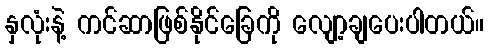
နှလုံးနဲ့ ကင်ဆာဖြစ်နိုင်ခြေကို လျော့ချပေးပါတယ်။